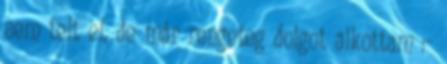
sem telt el, de már rengeteg dolgot alkottam :-